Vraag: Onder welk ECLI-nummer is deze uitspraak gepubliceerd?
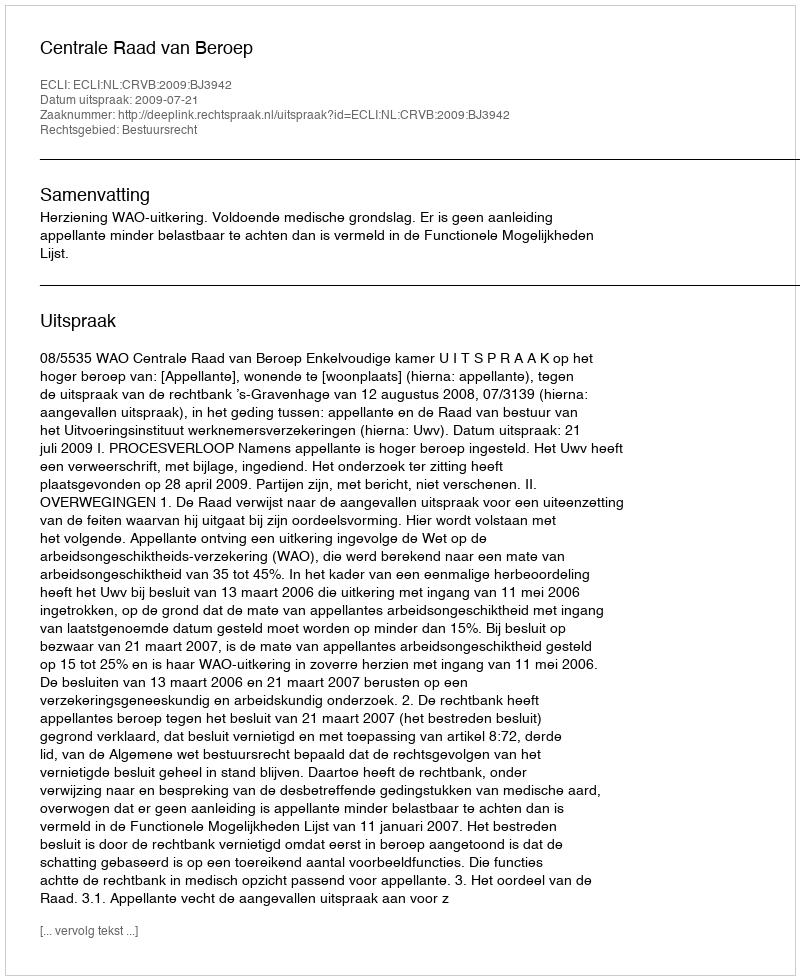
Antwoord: ECLI:NL:CRVB:2009:BJ3942